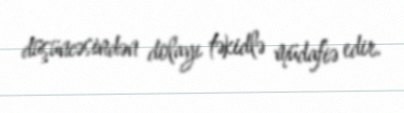
düşüncəsindən dolayı təkidlə müdafiə edir.